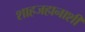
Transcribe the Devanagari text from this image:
शाहजहानाशी